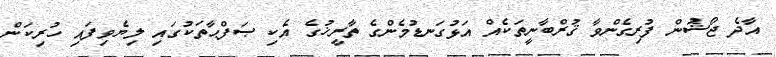
އާދެ ޖޯޝުން ފުރިގެންވާ ޤުރްބާނީތަކެއް އަޅުގަނޑުމެންގެ ތާރީޚުގެ އެކި ޞަފްޙާތަކުގައި ލިޔެވިފައި ހުރިކަން